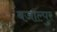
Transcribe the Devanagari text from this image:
बजाल्पुर